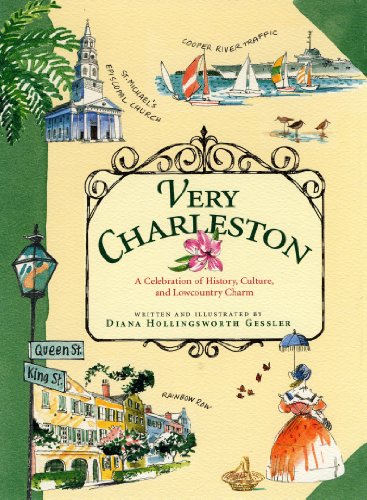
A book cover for Very Charleston: A Celebration of History, Culture, and Lowcountry Charm; Diana Hollingsworth Gessler; Travel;